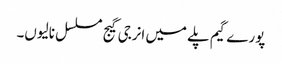
پورے گیم پلے میں انرجی گیج مسلسل نالیوں۔